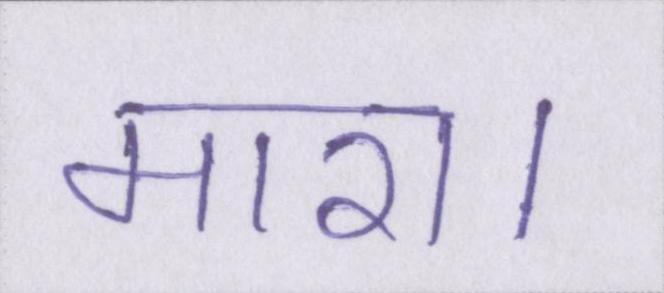
मारा।